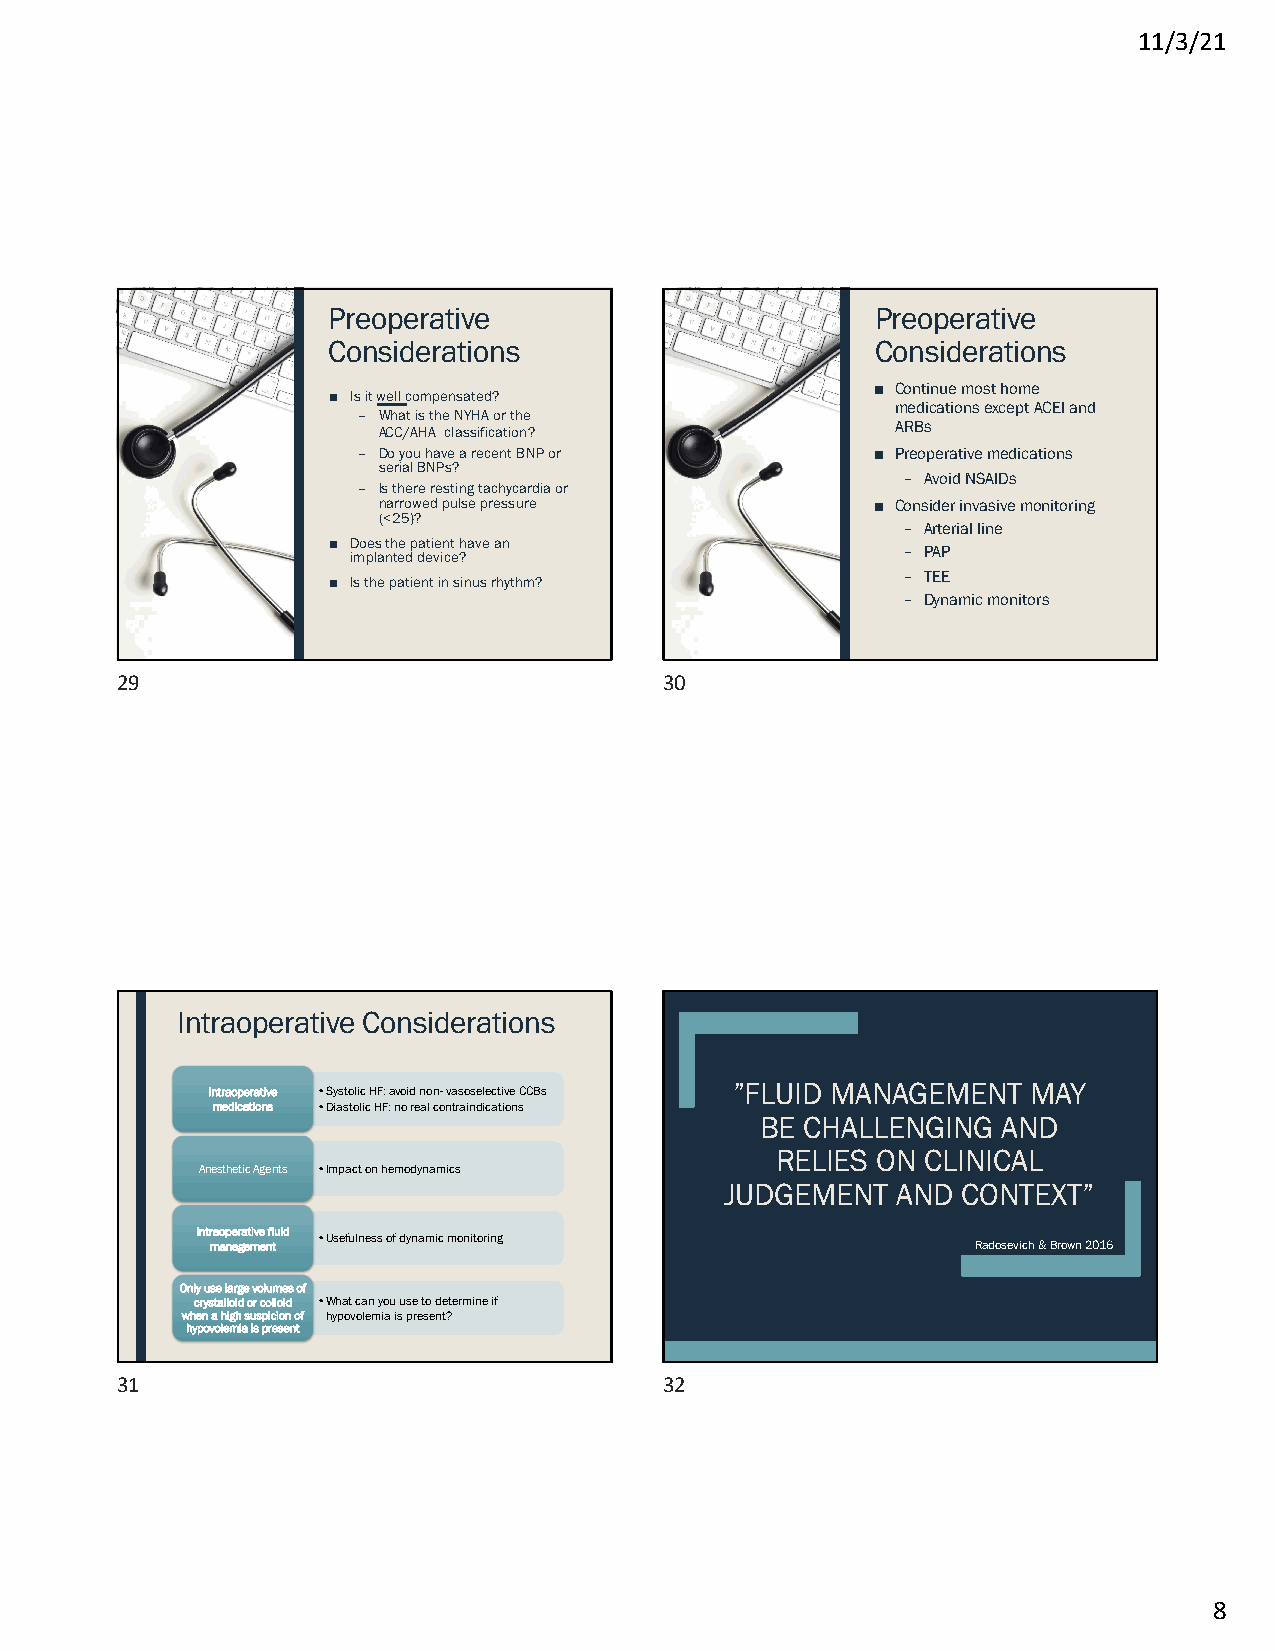
11/3/21
 Preoperative                        Preoperative
 Considerations                      Considerations
 ■ Continue most home
 ■ Is it well compensated?
 medications except ACEI and
 – What is the NYHA or the
 ARBs
 ACC/AHA classification?
 – Do you have a recent BNP or     ■ Preoperative medications
 serial BNPs?
 – Avoid NSAIDs
 – Is there resting tachycardia or
 narrowed pulse pressure          ■ Consider invasive monitoring
 (<25)?
 – Arterial line
 ■ Does the patient have an
 – PAP
 implanted device?
 – TEE
 ■ Is the patient in sinus rhythm?
 – Dynamic monitors
 29                                  30
 Intraoperative Considerations
 Intraoperative •Systolic HF: avoid non-vasoselectiveCCBs ”FLUID MANAGEMENT MAY
 medications •Diastolic HF: no real contraindications
 BE CHALLENGING  AND
 RELIES ON CLINICAL
 Anesthetic Agents •Impact on hemodynamics
 JUDGEMENT  AND  CONTEXT”
 Intraoperative fluid
 •Usefulness of dynamic monitoring
 management                                         Radosevich & Brown 2016
 Only use large volumes of
 crystalloid or colloid •What can you use to determine if
 when a high suspicion of hypovolemia is present?
 hypovolemia is present
 31                                  32
 8